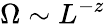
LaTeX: \Omega\sim L^{-z}